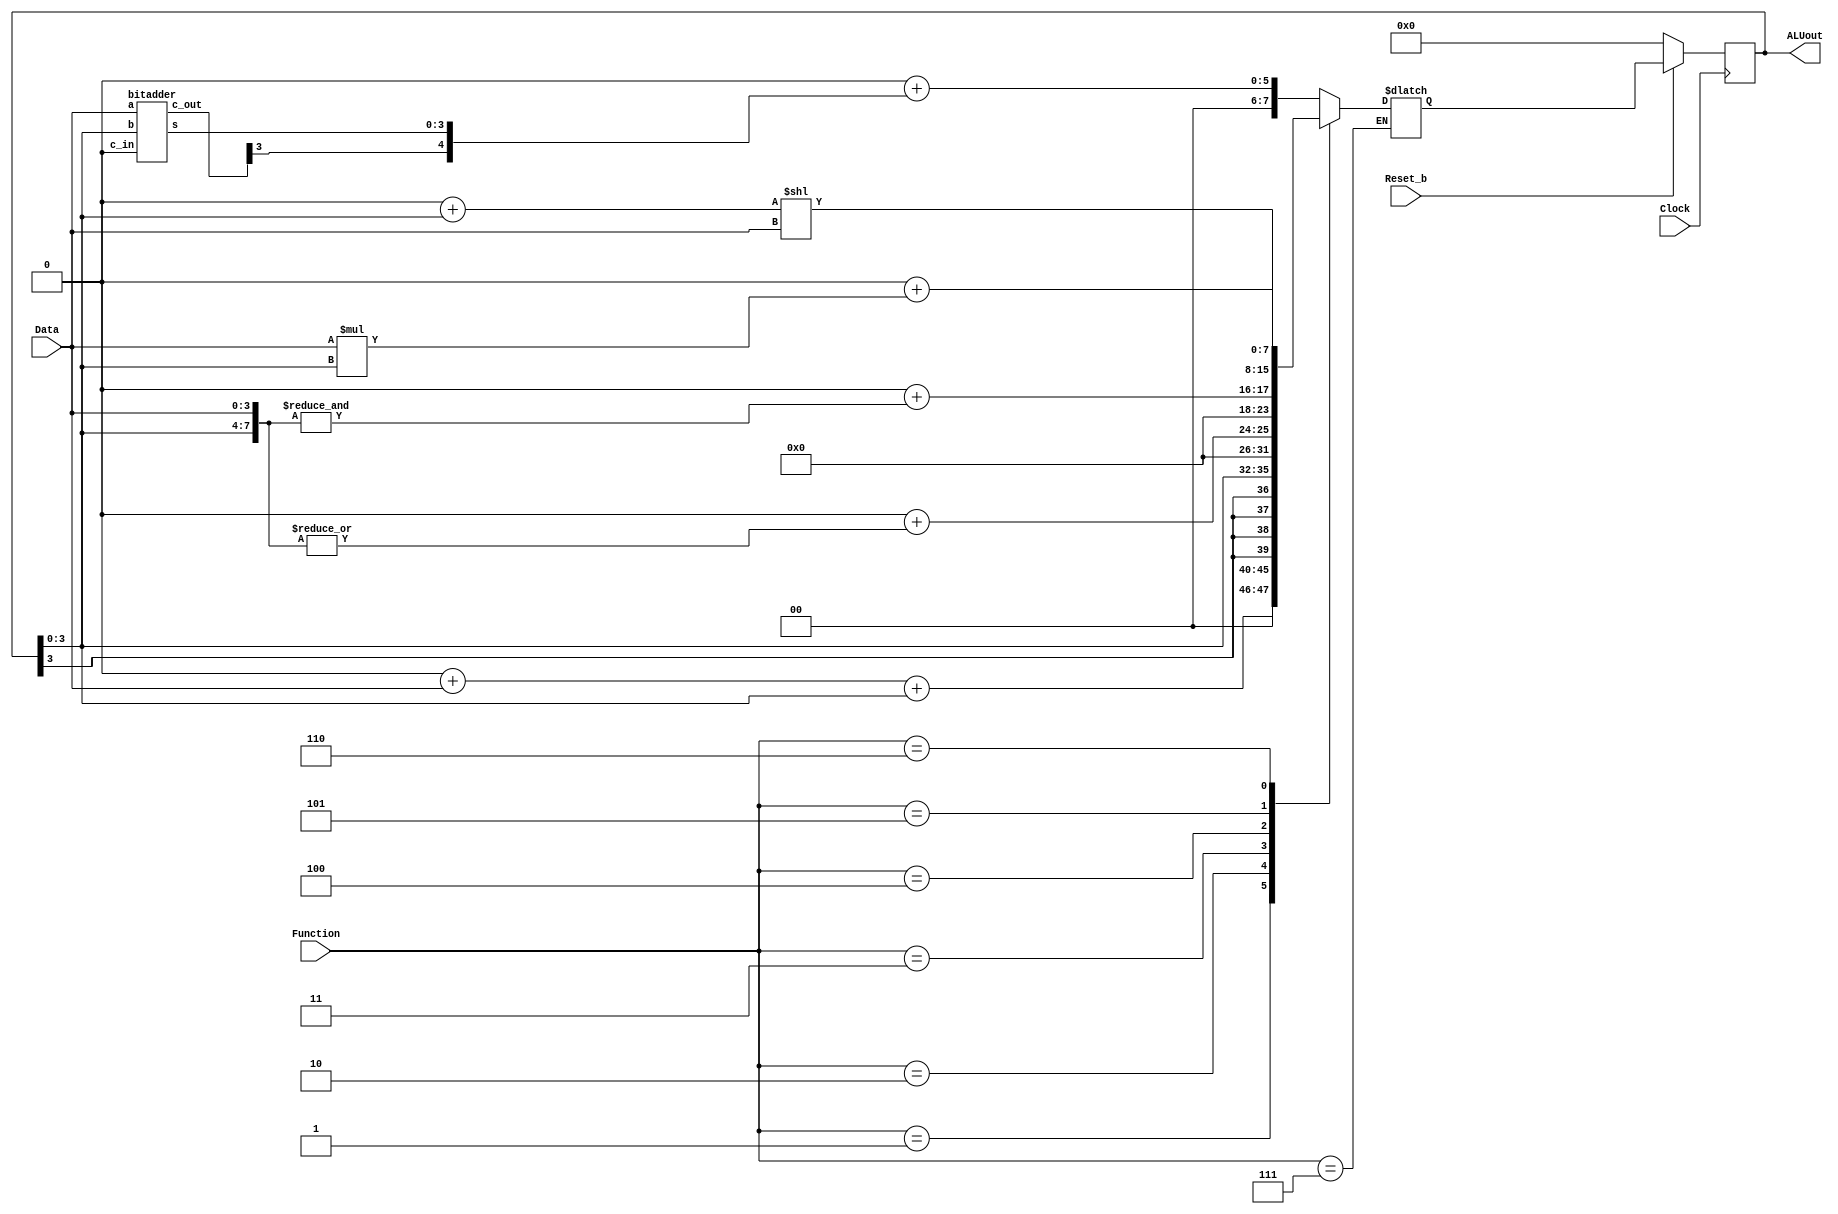
module part2(Clock, Reset_b, Data, Function, ALUout);
	input Clock;
	input Reset_b;
	input [3:0] Data;
	input [2:0] Function;
	wire [4:0] sum;
	output reg [7:0] ALUout;
	reg [7:0] q;
	wire [3:0]B;
	wire [3:0]A;
	assign B = ALUout[3:0];
	assign A = Data[3:0];
	wire [3:0] coutput;
	
	bitadder u0(
		.a(Data),
		.b(B),
		.c_in(1'b0),
		.s(sum[3:0]),
		.c_out(coutput)
	);
	assign sum[4] = coutput[3];
	
	always@(posedge Clock)
	begin
		if(Reset_b == 1'b0)
			ALUout <= 8'b00000000;
		else
			ALUout <= q;	
	end
	always@(*)
	begin
		case(Function)
			3'b000: q = 8'b00000000 + sum;
			3'b001: q = 8'b00000000 + A + B;
			3'b010: q = {{4 {B[3]}}, B};
			3'b011: q = 8'b00000000 + |{A, B};
			3'b100: q = 8'b00000000 + &{A, B};
			3'b101: q = 8'b00000000 + B << A;
			3'b110: q = 8'b00000000 +  A * B;
			3'b111: q = q;
			default: q = q;
		endcase
	end
endmodule

module bitadder(a, b, c_in, s, c_out);
    input [3:0] a;
    input [3:0] b;
    input c_in;
    output [3:0] s;
    output [3:0] c_out;

    full_adder u0(
        .a(a[0]),
        .b(b[0]),
        .c_in(c_in),
        .s(s[0]),
        .c_out(c_out[0])
    );

    full_adder u1(
        .a(a[1]),
        .b(b[1]),
        .c_in(c_out[0]),
        .s(s[1]),
        .c_out(c_out[1])
    );

    full_adder u2(
        .a(a[2]),
        .b(b[2]),
        .c_in(c_out[1]),
        .s(s[2]),
        .c_out(c_out[2])
    );

    full_adder u3(
        .a(a[3]),
        .b(b[3]),
        .c_in(c_out[2]),
        .s(s[3]),
        .c_out(c_out[3])
    );
endmodule

module full_adder(a, b, c_in, s, c_out);
    input a, b, c_in;
    output c_out, s;


    wire w;
    mux u0(
        .x(b),
        .y(c_in),
        .s(w),
        .out(c_out)
    );

    assign w = a ^ b;
    assign s = w ^ c_in;
endmodule

module mux(x, y, s, out);
    input x, y, s;
    output out;

    assign out = s ? y : x;
endmodule